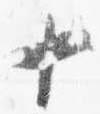
十